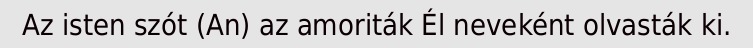
Az isten szót (An) az amoriták Él neveként olvasták ki.